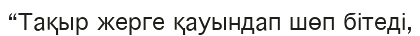
“Тақыр жерге қауындап шөп бітеді,